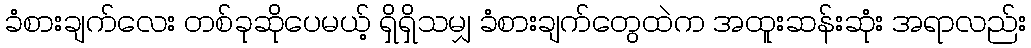
ခံစားချက်လေး တစ်ခုဆိုပေမယ့် ရှိရှိသမျှ ခံစားချက်တွေထဲက အထူးဆန်းဆုံး အရာလည်း